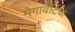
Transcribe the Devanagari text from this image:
मेगावॉटचा